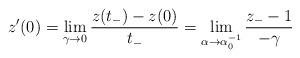
LaTeX: \begin{align*}z'(0)=\lim_{\gamma\rightarrow0}\frac{z(t_{-})-z(0)}{t_{-}}=\lim_{\alpha\rightarrow\alpha_{0}^{-1}}\frac{z_{-}-1}{-\gamma}\end{align*}